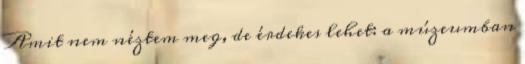
Amit nem néztem meg, de érdekes lehet: a múzeumban